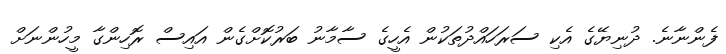
ފެންނާނެ. ދުނިޔޭގެ އެކި ސަރަހައްދުތަކުން އެހީގެ ސާމާނު ބަރުކޮށްގެން އައިސް ރޮހިންގާ މީހުންނަށް